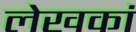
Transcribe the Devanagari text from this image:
लेखकां